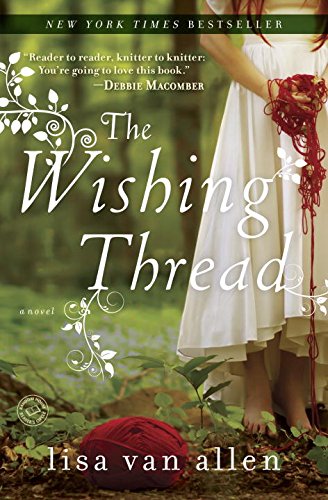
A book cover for The Wishing Thread: A Novel; Lisa Van Allen; Literature & Fiction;